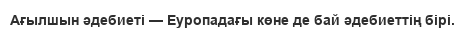
Ағылшын әдебиеті — Еуропадағы көне де бай әдебиеттің бірі.